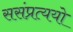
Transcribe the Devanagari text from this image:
ससंप्रत्ययो